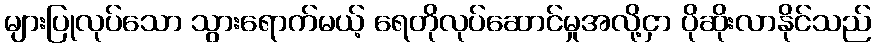
များပြုလုပ်သော သွားရောက်မယ့် ရေတိုလုပ်ဆောင်မှုအလို့ငှာ ပိုဆိုးလာနိုင်သည်